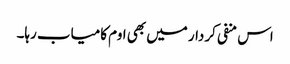
اس منفی کردار میں بھی اوم کامیاب رہا۔